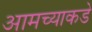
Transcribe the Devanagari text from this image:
आमच्‍याकडे